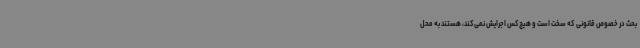
بحث در خصوص قانونی که سخت است و هیچ‌کس اجرایش نمی‌کند، هستند به محل